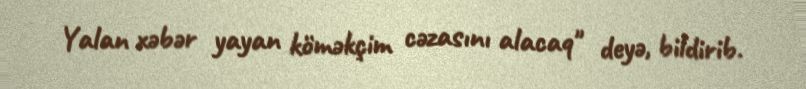
Yalan xəbər yayan köməkçim cəzasını alacaq" deyə, bildirib.